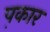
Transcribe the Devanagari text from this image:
प़कार